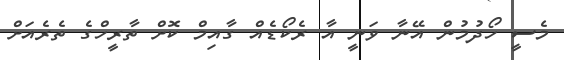
މެސީ ހޯދުމުން އޭނާ ވަނީ އާ ރެކޯޑެއް ގާއިމް ކޮށް ތާރީހްގެ ތެރެއަށް